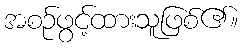
အစဉ်ဖွင့်ထားသူဖြစ်၏။